Civil Veterinary Department Bihar reports 1940-50 - 1940-1950
Year: 1940
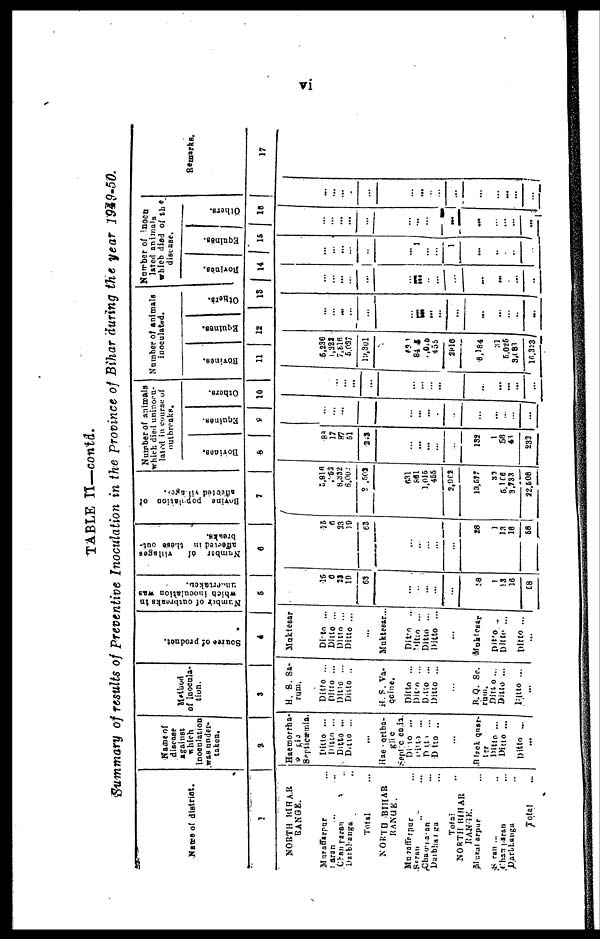
vi
TABLE II—contd.
Summary of results of Preventive Inoculation in the province of Bihar during the year 1949-50.
Name of district.
1
NORTH
BlHAR
RANGE.
Muzaffarpur ...
Saran ... ...
Chan paran ...
Darbhanga ..
Total ...
NORTH BIHAR
RANGE.
Muzaffarpur ...
SARAN ...
Champaran ...
Darbhanga ...
Total ...
NORTH BIHAR
RANGE.
Muzaffarpur ...
Saran ...
Champaran ...
Darbhanga ...
Total ...
Name of
disease
against
which
Inoculation
was under-
taken.
2
Haemorrha-
gic
Septicæmia.
Ditto ...
Ditto ...
Ditto ...
Ditto ...
Haemorrha-
gic
Septicæmia.
Ditto
...
Ditto
...
Ditto ...
Ditto ..
...
Black quar-
ter
Ditto ...
Ditto ...
Ditto ...
...
Method
of inocula-
tion.
3
H. S. Sa-
rum.
Ditto ...
Ditto ...
Ditto ...
Ditto ..
H.S. Va-
ccine.
Ditto ...
Ditto ...
Ditto ...
Ditto ...
...
B. Q. SC.
rum.
Ditto ...
Ditto ...
Ditto ...
...
Souree
of product.
4
Muktesar
Ditto ...
Ditto ...
Ditto ...
Ditto ...
...
Muktrsar..
Ditto ...
Ditto ...
Ditto ...
Ditto ...
...
Muktesar
Ditto ..
Ditto ...
Ditto ...
...
Number of outbreaks in
which inoculation was
5
15
6
23
19
63
...
...
...
...
...
28
1
!3
16
58
Number
of
Villages
affected
in these out-
breaks.
6
15
6
33
19
63
...
...
...
...
...
28
1
13
16
58
Bovine
population of
affected villages.
7
3,816
552
8,332
6,002
2 ,503
631
861
1,015
455
2,902
13,577
83
5,166
3,733
22,508
Number of animals
which died uninocu-
lated in course of
outbreaks.
Bovines.
8
83
17
87
51
2.9
...
... ...
...
...
132
1
56
43
233
Equines.
9
...
...
...
...
...
...
...
...
...
....
...
...
...
...
...
Others.
10
...
...
... ...
...
...
...
...
...
...
...
... ...
...
...
Number of animals
inoculated.
Bovines.
11
6,236
1,322
7,816
5,027
12,301
631
84 5
1,015
455
2816
8,184
...
5 025
3,083
16,323
Equines.
12
...
...
...
...
...
...
...
...
...
...
...
...
...
...
...
Others.
13
...
...
...
...
...
...
...
...
...
...
...
...
...
...
...
Number of inocn
lated animals
which died of the
disease.
Bovines.
14
...
...
...
...
...
...
....
...
...
...
...
...
...
...
Equines.
15
...
...
...
...
...
... 1
...
...
1
...
...
...
...
...
Others.
16
...
...
...
...
...
...
...
...
...
...
...
...
...
...
...
Remarks.
...
...
...
...
...
...
...
...
...
...
...
...
...
...
...
17